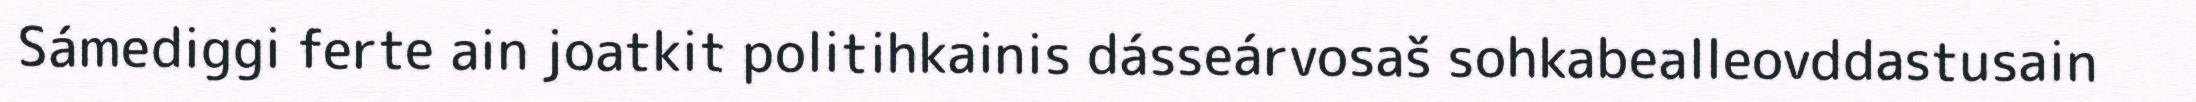
Sámediggi ferte ain joatkit politihkainis dásseárvosaš sohkabealleovddastusain